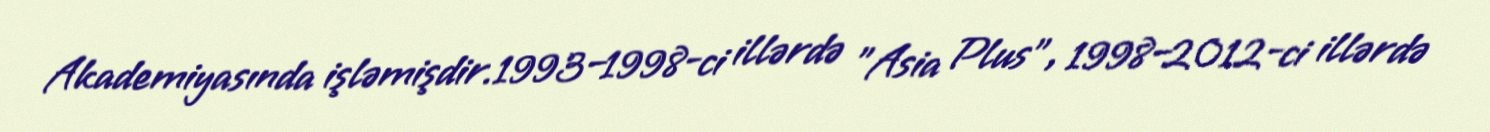
Akademiyasında işləmişdir.1993–1998-ci illərdə "Asia Plus", 1998–2012-ci illərdə